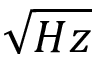
\sqrt { H z }